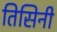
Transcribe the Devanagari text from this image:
तिसिनी